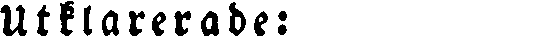
Utklarerade: